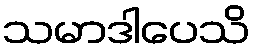
သမာဒါပေသိ